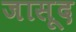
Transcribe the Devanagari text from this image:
जासूद